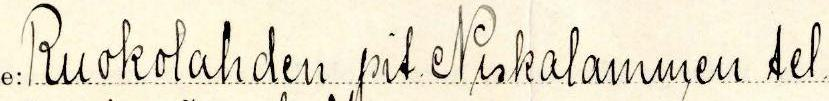
Ruokolahden pit. Niskalammen tel.